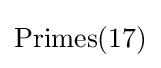
{\text{Primes}}(17)